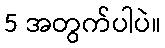
5 အတွက်ပါပဲ။